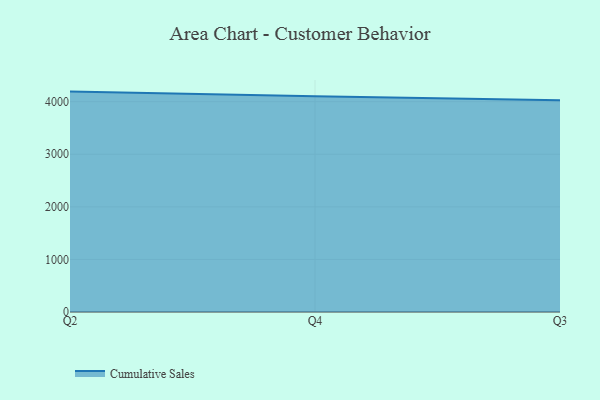
{"axis": {"x": "Quarter", "y": "LTV (USD)"}, "legend": ["Cumulative Sales"], "data": [{"x": "Q2", "y": 4191.4, "type": "Cumulative Sales"}, {"x": "Q4", "y": 4100.9, "type": "Cumulative Sales"}, {"x": "Q3", "y": 4025.3, "type": "Cumulative Sales"}]}